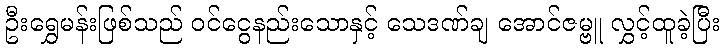
ဦးရွှေမန်းဖြစ်သည် ဝင်ငွေနည်းသောနှင့် သေဒဏ်ချ အောင်ဇမ္ဗူ လွှင့်ထူခဲ့ပြီး